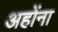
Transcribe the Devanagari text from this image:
अहोंना